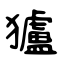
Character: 獹